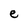
Character: e